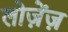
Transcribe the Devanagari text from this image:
लोज़ेंज़